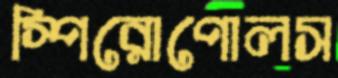
স্পিরোপোলস